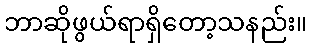
ဘာဆိုဖွယ်ရာရှိတော့သနည်း။